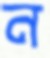
ন